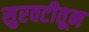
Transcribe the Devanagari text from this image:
सुरवटीतून